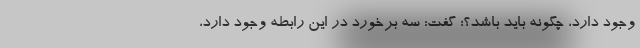
وجود دارد، چگونه باید باشد؟؛ گفت: سه برخورد در این رابطه وجود دارد،